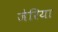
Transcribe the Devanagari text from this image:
जेरिया